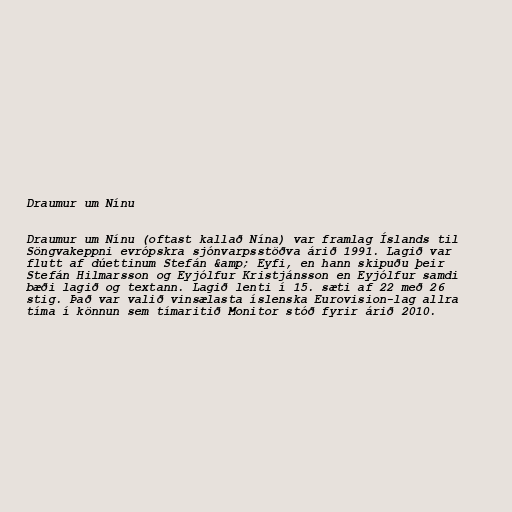
Draumur um Nínu

Draumur um Nínu (oftast kallað Nína) var framlag Íslands til
Söngvakeppni evrópskra sjónvarpsstöðva árið 1991. Lagið var
flutt af dúettinum Stefán &amp; Eyfi, en hann skipuðu þeir
Stefán Hilmarsson og Eyjólfur Kristjánsson en Eyjólfur samdi
bæði lagið og textann. Lagið lenti í 15. sæti af 22 með 26
stig. Það var valið vinsælasta íslenska Eurovision-lag allra
tíma í könnun sem tímaritið Monitor stóð fyrir árið 2010.